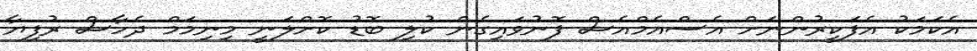
އެކަމަކު އެފަކީރުންނަށް އެސްއެމްއެސް ފޮނުވައިގެން ކުލި ބޮޑު ކޮށްލަނީ މިނިމަމް ދެހާސް ރުފިޔާ